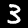
Label: 3